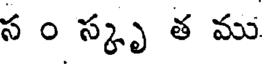
స ం స్కృ త ము